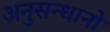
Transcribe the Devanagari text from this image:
अनुसन्धानो